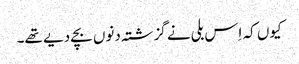
کیوں کہ اِس بلی نے گزشتہ دنوں بچے دیے تھے۔